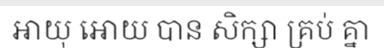
អាយុ អោយ បាន សិក្សា គ្រប់ គ្នា